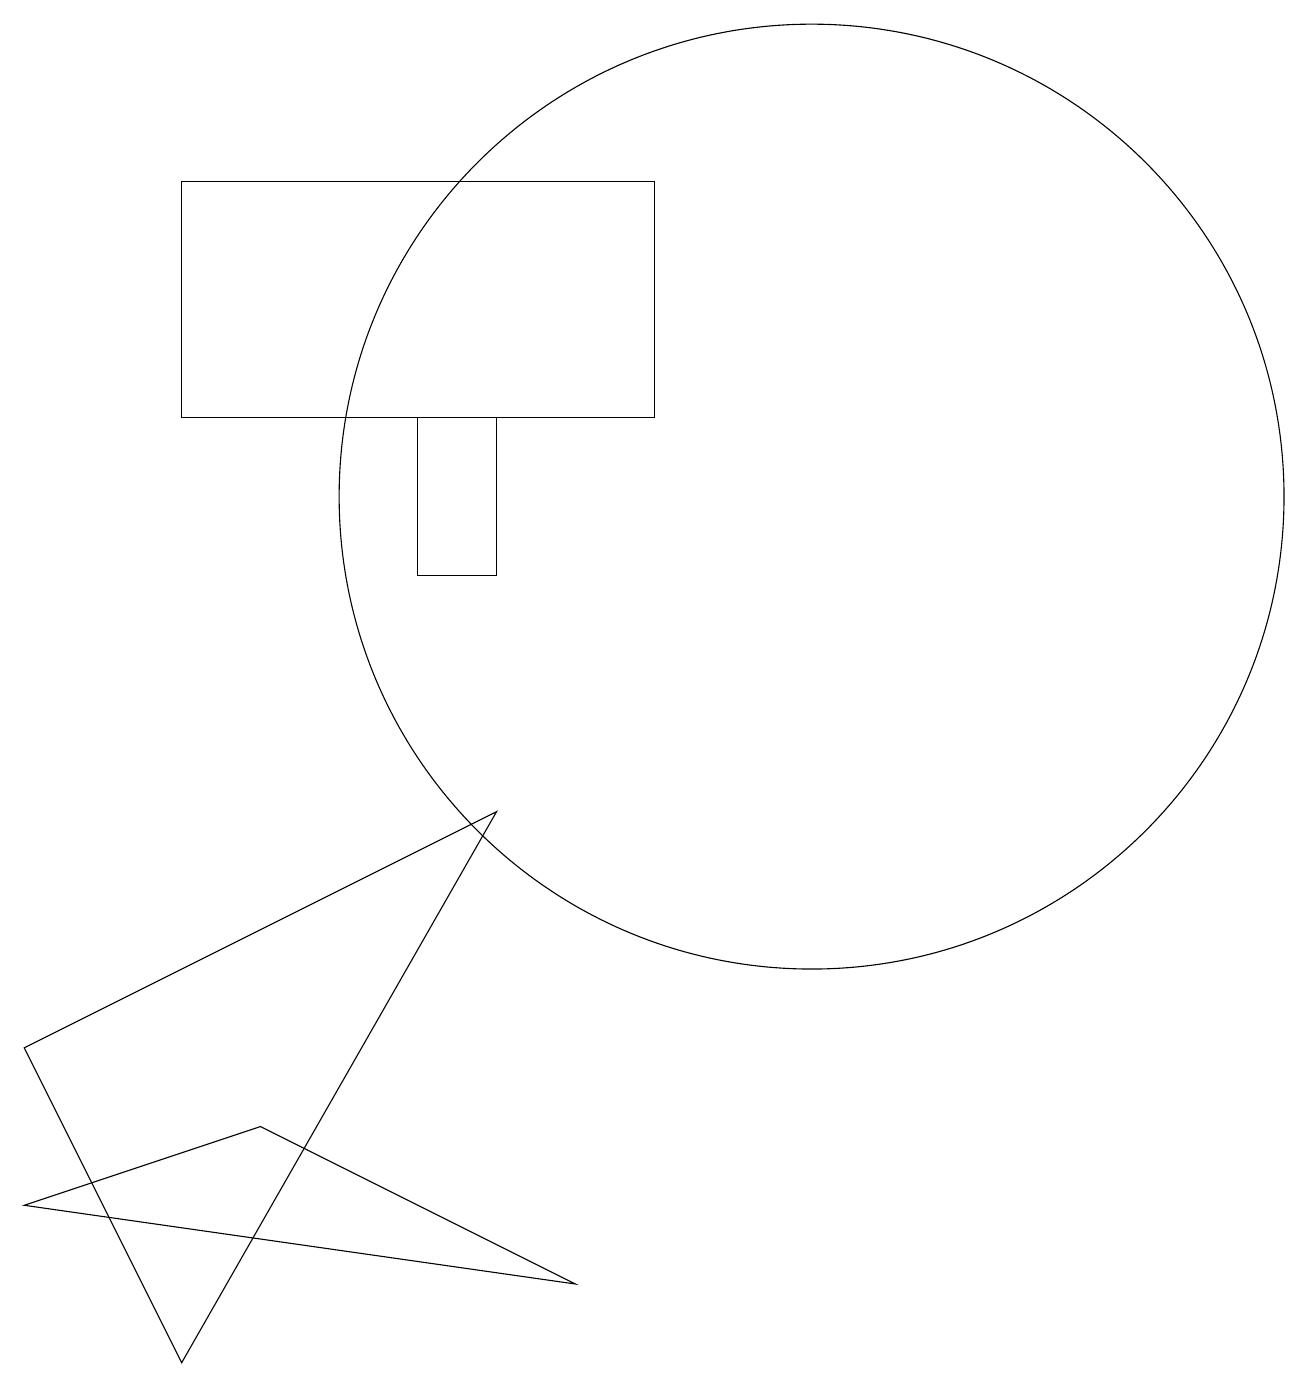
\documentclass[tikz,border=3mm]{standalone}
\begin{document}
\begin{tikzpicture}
\draw (0,2) -- (3,3) -- (7,1) -- cycle;
\draw (5,10) rectangle (6,12);
\draw (0,4) -- (2,0) -- (6,7) -- cycle;
\draw (2,12) rectangle (8,15);
\draw (10,11) circle (6);
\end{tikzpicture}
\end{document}